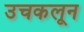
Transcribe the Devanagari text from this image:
उचकलून